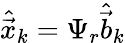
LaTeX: \hat{\vec{x}}_{k}=\Psi_{r}\hat{\vec{b}}_{k}